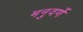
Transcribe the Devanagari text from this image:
मनुवर्णे